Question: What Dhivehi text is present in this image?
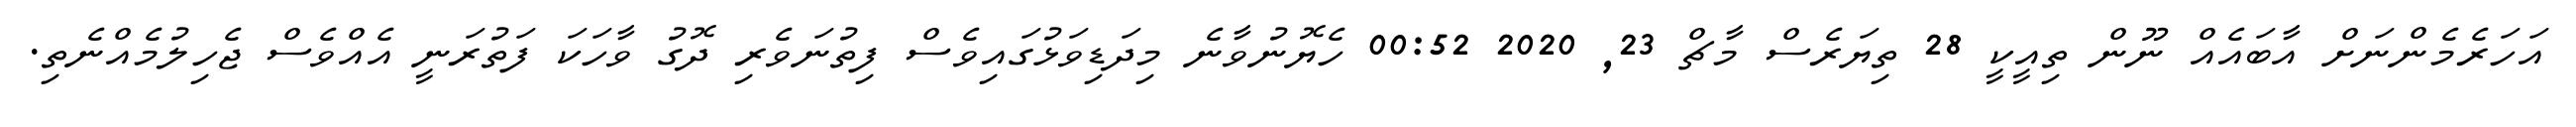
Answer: އަހަރެމެންނަށް އާބައެއް ނޫން ތިއީކީ 28 ތިޔަރެސް މާޗް 23, 2020 00:52 ހެޔޮނުވާނެ މިދަޑިވަޅުގައިވެސް ފިތުނަވެރި ދޮގު ވާހަކަ ފަތުރަނީ އެއްވެސް ޖެހިލުމެއްނެތި.